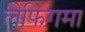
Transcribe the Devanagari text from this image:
लेफिगमा